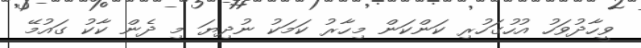
ވީހާދުވަހު އުހުގަހުރި ކަންކަން މިހާރު ކަމަކު ނުދިޔަ މި ދެން ކާކު ގައުމޭ